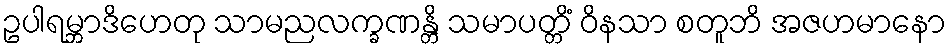
ဥပါရမ္ဘာဒိဟေတု သာမညလက္ခဏန္တိ သမာပတ္တိံ ဝိနသာ စတူဘိ အဇဟမာနော